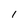
Character: 1